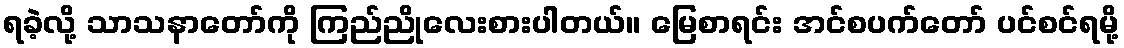
ရခဲ့လို့ သာသနာတော်ကို ကြည်ညိုလေးစားပါတယ်။ မြေစာရင်း အင်စပက်တော် ပင်စင်ရမို့